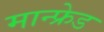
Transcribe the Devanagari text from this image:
मान्फ्रेड